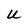
Character: U